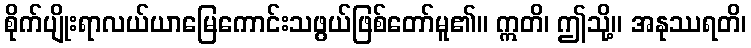
စိုက်ပျိုးရာလယ်ယာမြေကောင်းသဖွယ်ဖြစ်တော်မူ၏။ ဣတိ၊ ဤသို့။ အနုဿရတိ၊